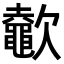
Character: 𣤶